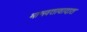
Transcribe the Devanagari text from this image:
मानवतावादात